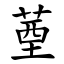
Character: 䓰